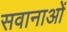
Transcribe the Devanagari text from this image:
सवानाओं